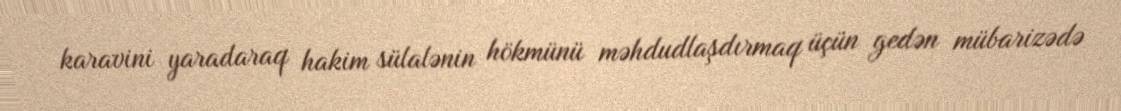
karavini yaradaraq hakim sülalənin hökmünü məhdudlaşdırmaq üçün gedən mübarizədə